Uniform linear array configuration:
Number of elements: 48
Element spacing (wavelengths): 0.5
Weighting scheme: exponential
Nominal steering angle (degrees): -30
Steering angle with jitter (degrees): -31.419
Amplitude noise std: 0.05
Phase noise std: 0.05

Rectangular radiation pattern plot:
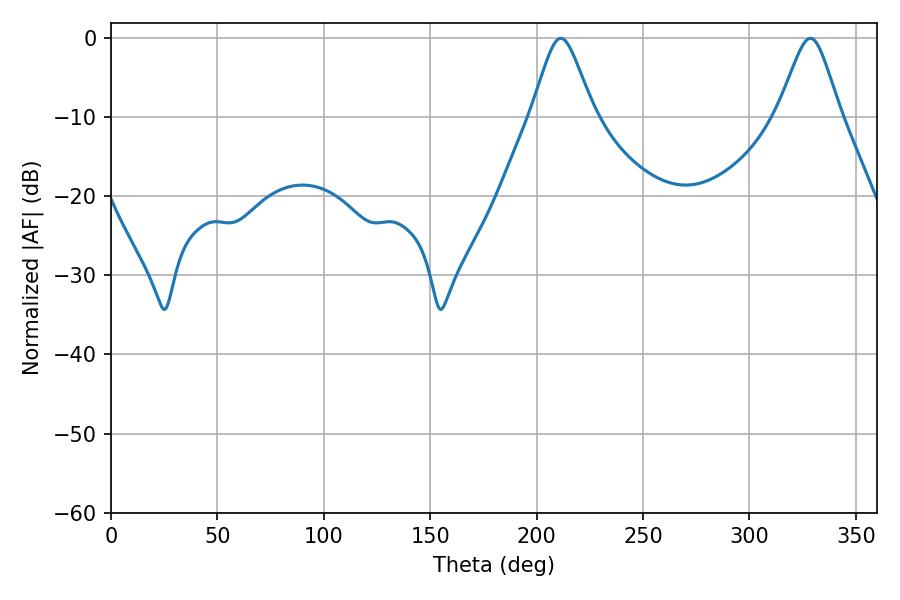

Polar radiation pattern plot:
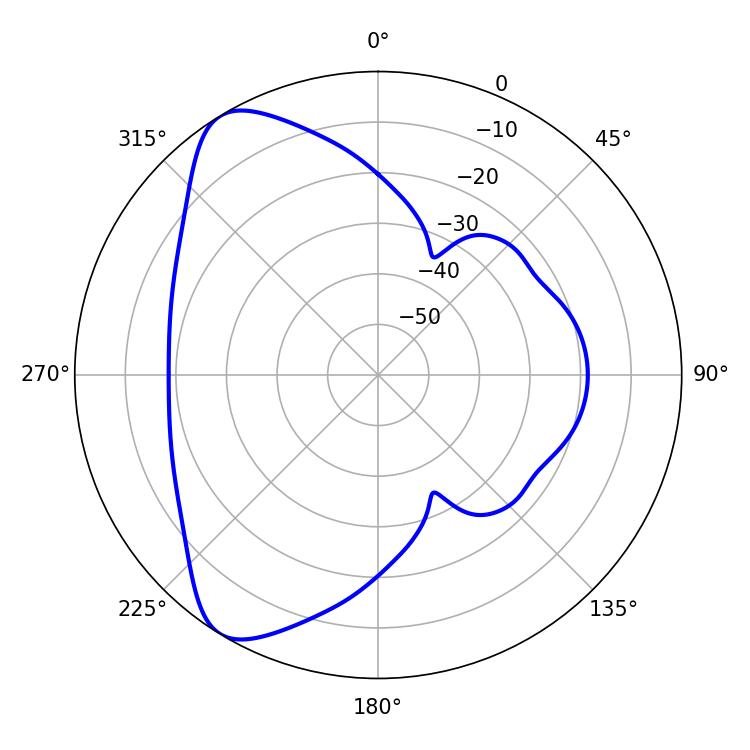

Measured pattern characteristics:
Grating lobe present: FALSE
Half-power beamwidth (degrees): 14.04
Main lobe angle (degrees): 328.68